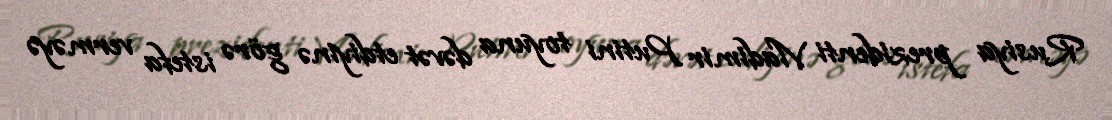
Rusiya prezidenti Vladimir Putini toyuna dəvət etdiyinə görə istefa verməyə